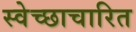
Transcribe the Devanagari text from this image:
स्वेच्छाचारित